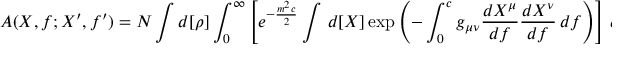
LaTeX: A ( X , f ; X ^ { \prime } , f ^ { \prime } ) = N \int d [ \rho ] \int _ { 0 } ^ { \infty } \left[ e ^ { - \frac { m ^ { 2 } c } { 2 } } \int \, d [ X ] \exp \left( - \int _ { 0 } ^ { c } g _ { \mu \nu } \frac { d X ^ { \mu } } { d f } \frac { d X ^ { \nu } } { d f } \, d f \right) \right] \, d c \: . \nonumber